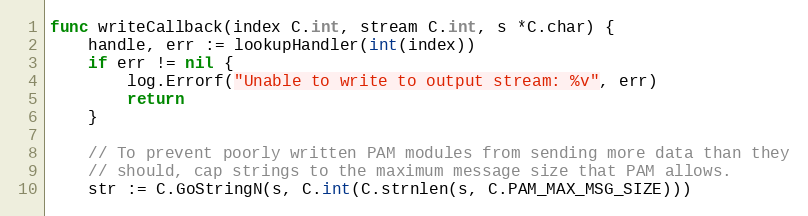
Language: Go
func writeCallback(index C.int, stream C.int, s *C.char) {
	handle, err := lookupHandler(int(index))
	if err != nil {
		log.Errorf("Unable to write to output stream: %v", err)
		return
	}

	// To prevent poorly written PAM modules from sending more data than they
	// should, cap strings to the maximum message size that PAM allows.
	str := C.GoStringN(s, C.int(C.strnlen(s, C.PAM_MAX_MSG_SIZE)))